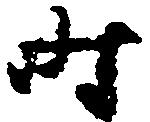
時